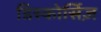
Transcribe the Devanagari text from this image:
डिस्कोर्सिज़